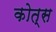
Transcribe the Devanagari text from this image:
कोत्स